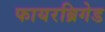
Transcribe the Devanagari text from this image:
फायरब्रिगेड